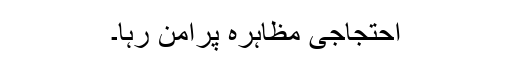
احتجاجی مظاہرہ پُرامن رہا۔